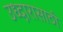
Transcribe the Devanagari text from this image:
उध्दारासाठी